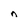
Character: n